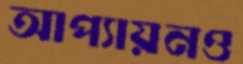
আপ্যায়নও